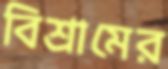
বিশ্রামের